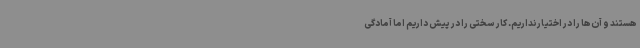
هستند و آن‌ها را در اختیار نداریم. کار سختی را در پیش داریم اما آمادگی